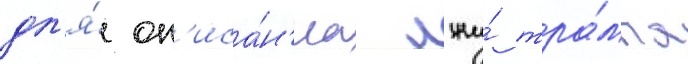
дл'я́ оп'иса́н'иа лжи́ тра́мпа